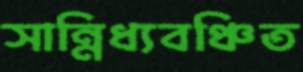
সান্নিধ্যবঞ্চিত